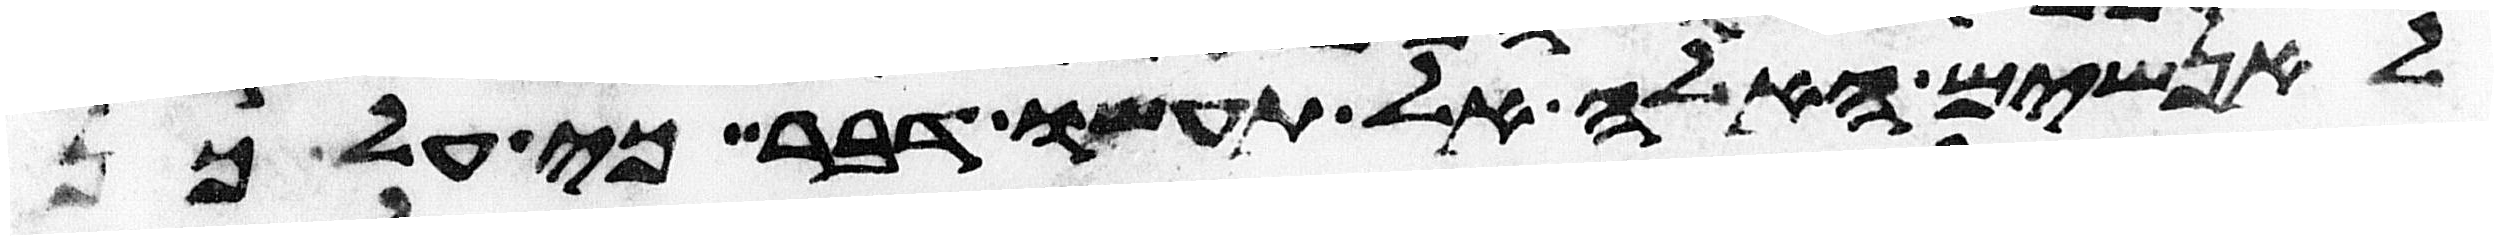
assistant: לאנשים האלה אל תעשו דבר כי על כן